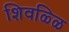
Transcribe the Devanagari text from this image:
शिवळ्ळि